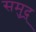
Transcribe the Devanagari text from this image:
समुद्र्